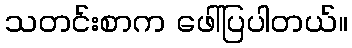
သတင်းစာက ဖေါ်ပြပါတယ်။